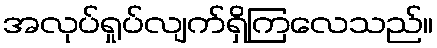
အလုပ်ရှုပ်လျက်ရှိကြလေသည်။